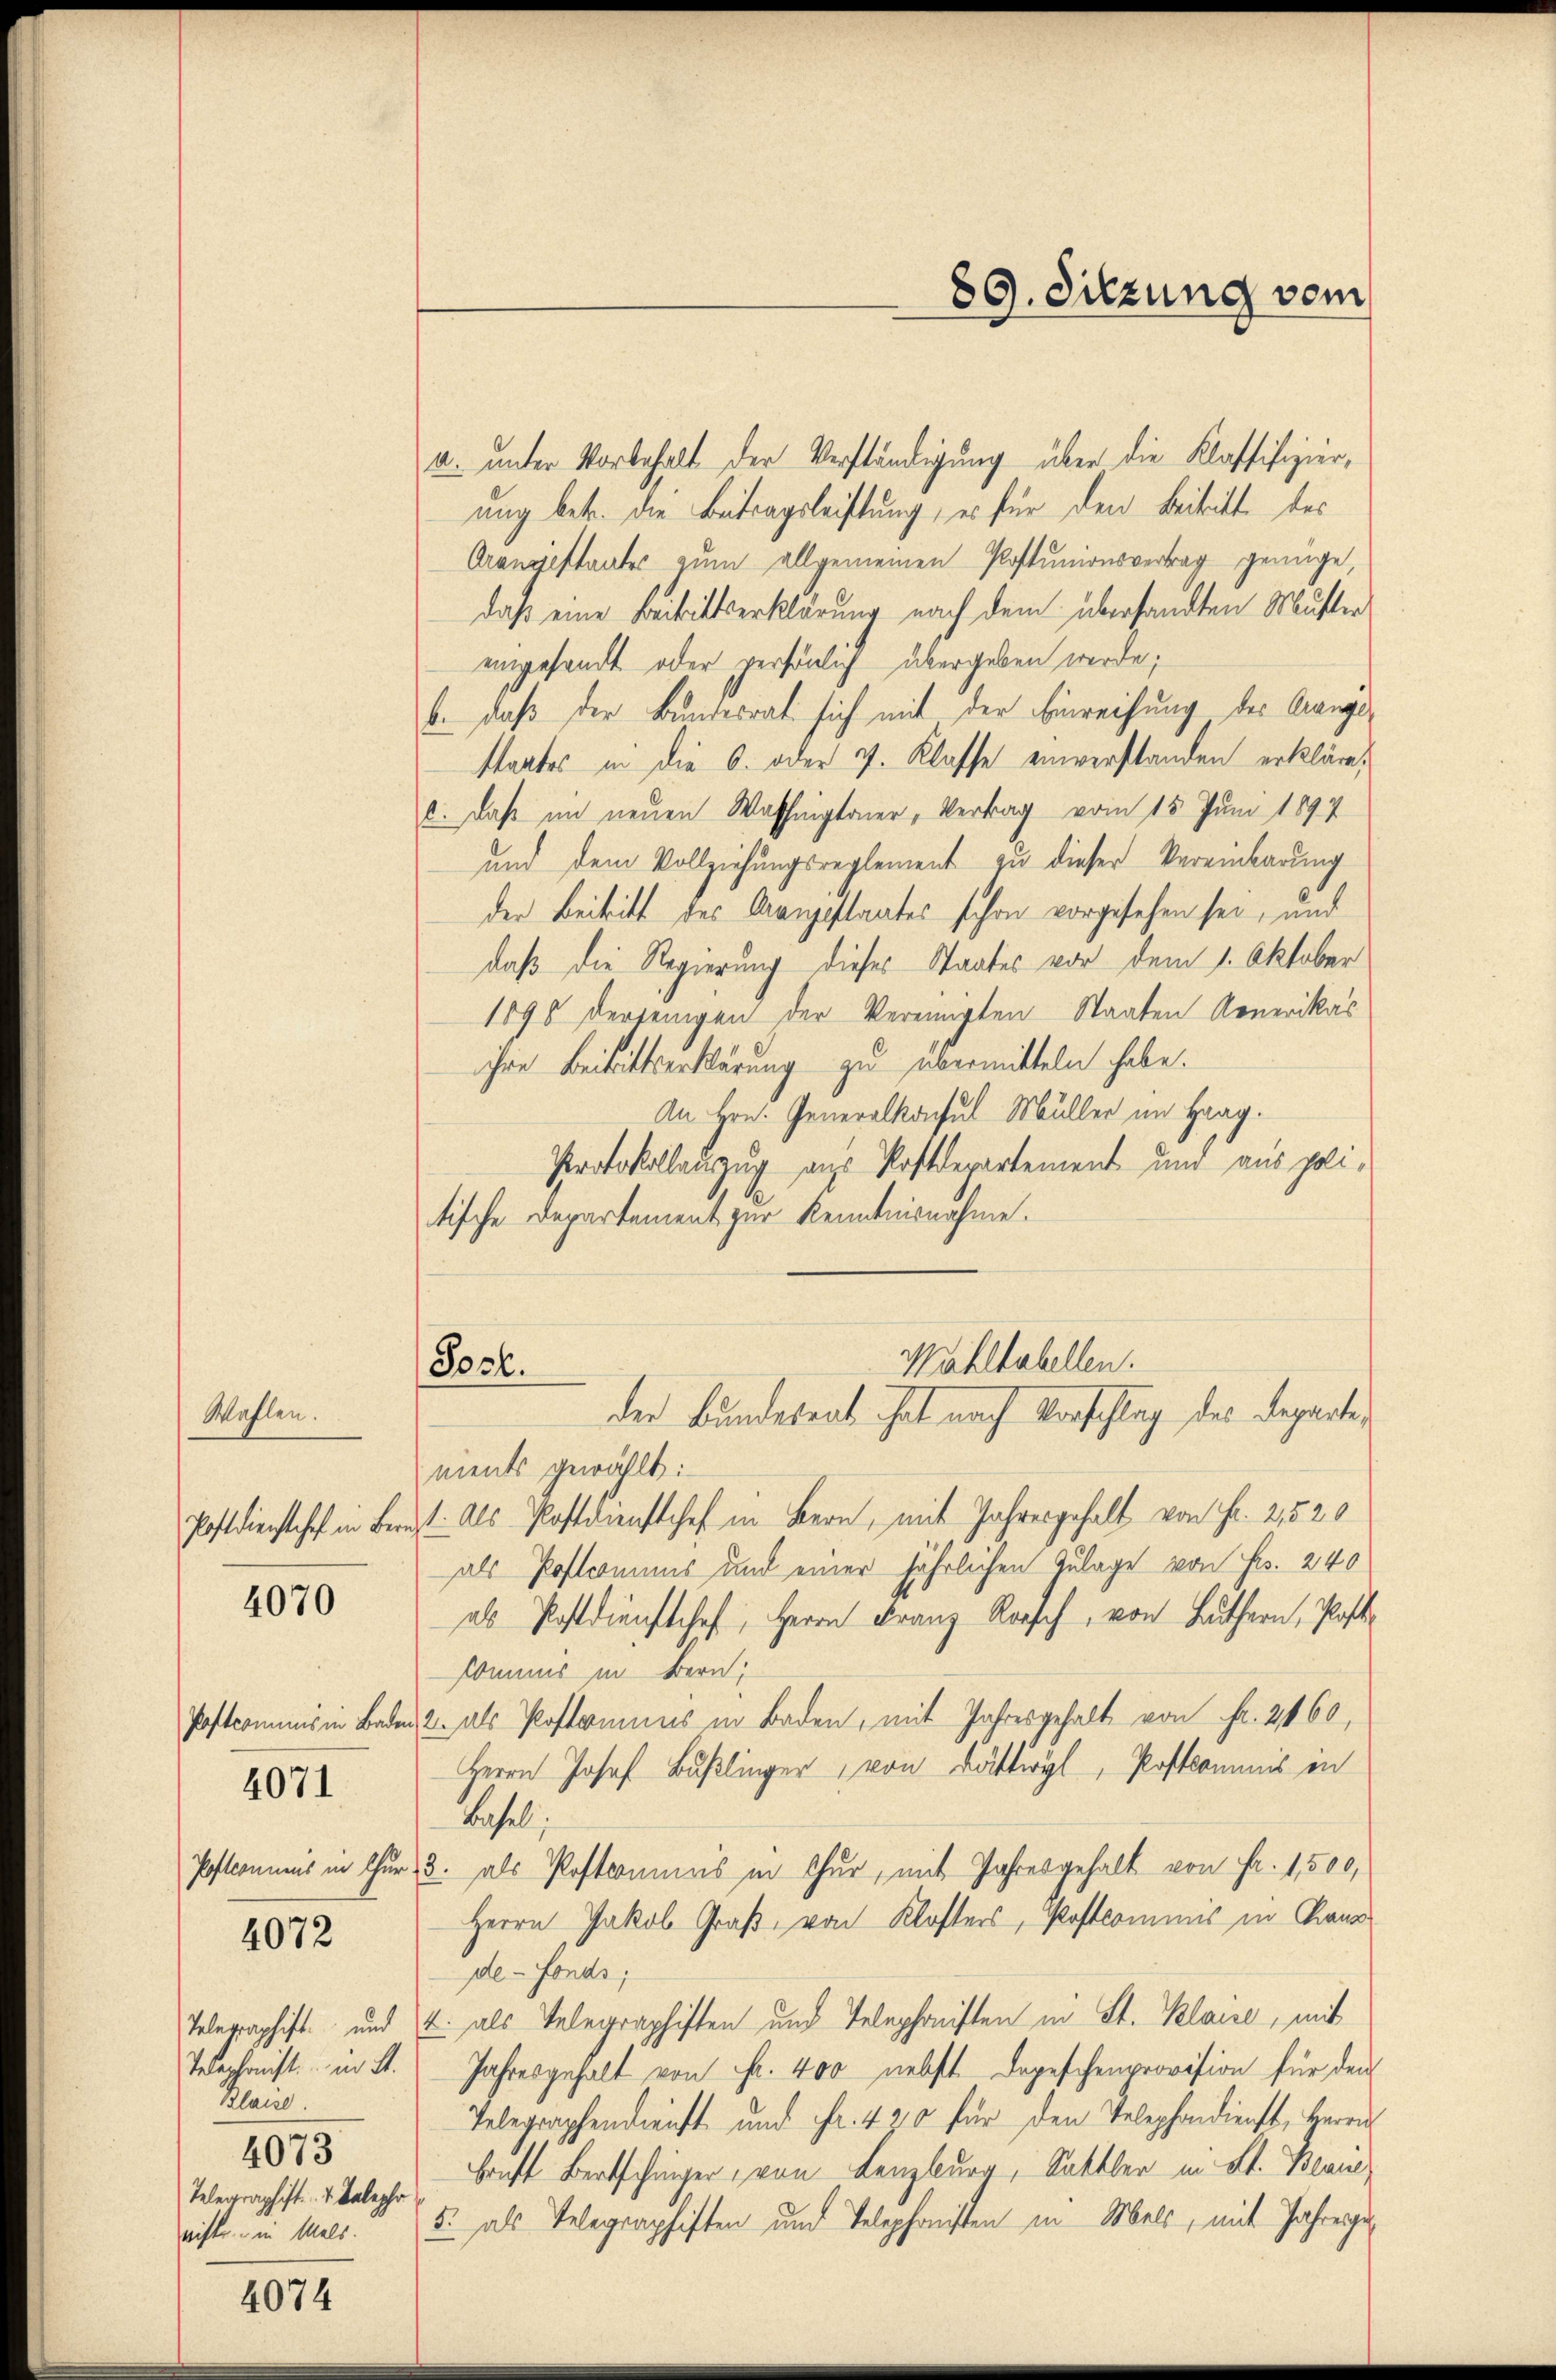
Wahlen.

4070

4072

4071

Klais.
4073
Telegraphist. v. Kalepho
rihte in Mals.

4074

a. unter Vorbehalt der Verständigung über die Klassifizier,
ung betr. die Betragsleistung, es für den Beitritt des
Orangestantes zum allgemeinen Postunionsvertrag genüge,
daß eine Beitrittserklärung nach dem übersandten Mutter
eingesandt oder persönlich übergeben werde;
b. daß der Bundesrat sich mit der Einreihung des Gangestaates in die 6. oder v. Klasse einverstanden erkläre,
2. Daß im neuen Washingtonier, Vertrag vom 15. Juni 1897
und dem Vollziehungsreglement zu dieser Vereinbarung
der Beitritt des Mangestaates schon vorgesehen sei, und
daß die Regierung dieses Staates vor dem 1. Oktober
1895 derjenigen der Vereinigten Staaten Generikas
ihre Beitrittserklärung zu übermitteln habe.
In Hrn. Generalkonsul Müller im Haag.
Protokollauszug aus Postdepartement und aus politische Departement zur Kenntnisnahme.
Wahltabellen.
Porl.
der Bundesrat hat nach Vorschlag des Departenients gewählt:
Postdienstehe in Bernst. Als Postdienstchef in Bern, mit Jahresgehalt von Fr. 2,520
als Postcomuns und einer jährlichen Zulage von Fr. 240
als Postdienstchef, Herrn Franz Rorsch, von Luthern, Post¬
Kommis in Bern,
Postcommis in Baden 2. als Postrinus in Baden, mit Jahresgehalt von Fr. 2460,
Herrn Josef Bußlinger, von Dättwyl, Postkommnis in
Basel
Pftonnens in thur, 3. als Postcommis in Chur, mit Jahresgehalt von Fr. 1,500,
Herrn Jakob Graß, von Klosters, Postcommis in Kanz
de-Fonds;
Toleraphist und u. als Telegraphiften und Telephonisten in St. Klaise, mit
Telephonist in St. Jahresgehalt von Fr. 400 nebst Depeschenprovision für den
Telegraphendienst und Fr. 420 für den Telephondienst, Herrn
Ernst Bertschinger, von Lenzburg, Sattler in St. Beau¬
5. als Telegraphiften und Telephonisten in Mels, mit Jahresge

89. Sitzung vom